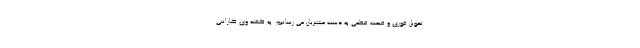
تحویل فوری و قیمت قطعی به دست مشتریان می رسانیم. به گفته وی گارانتی